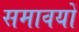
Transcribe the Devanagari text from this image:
समावयों